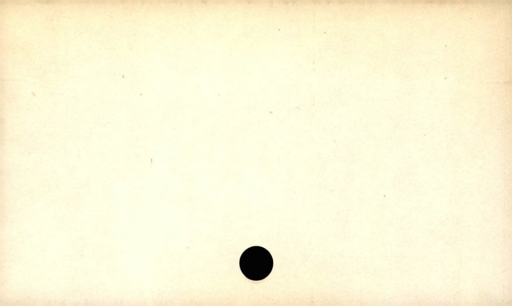
Label: blank